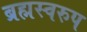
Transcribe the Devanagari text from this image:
ब्रह्मस्वरुप